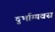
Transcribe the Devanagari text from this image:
दुर्भाग्यवस